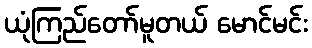
ယုံကြည်တော်မူတယ် မောင်မင်း